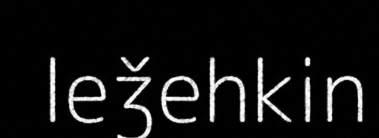
leǯehkin